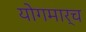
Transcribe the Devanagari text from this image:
योगमार्च